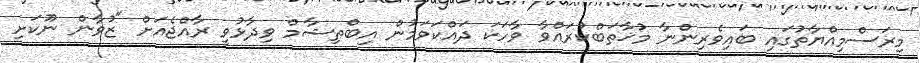
މިރަސްމިއްޔާތުގައި ބައިވެރިންނާ މުޚާތަބްކުރައްވާ ވާހަކަ ދައްކަވަމުން އިބްތިޝާމް ވިދާޅުވީ ރާއްޖެއަށް "ޒުވާން ނޫކަށި